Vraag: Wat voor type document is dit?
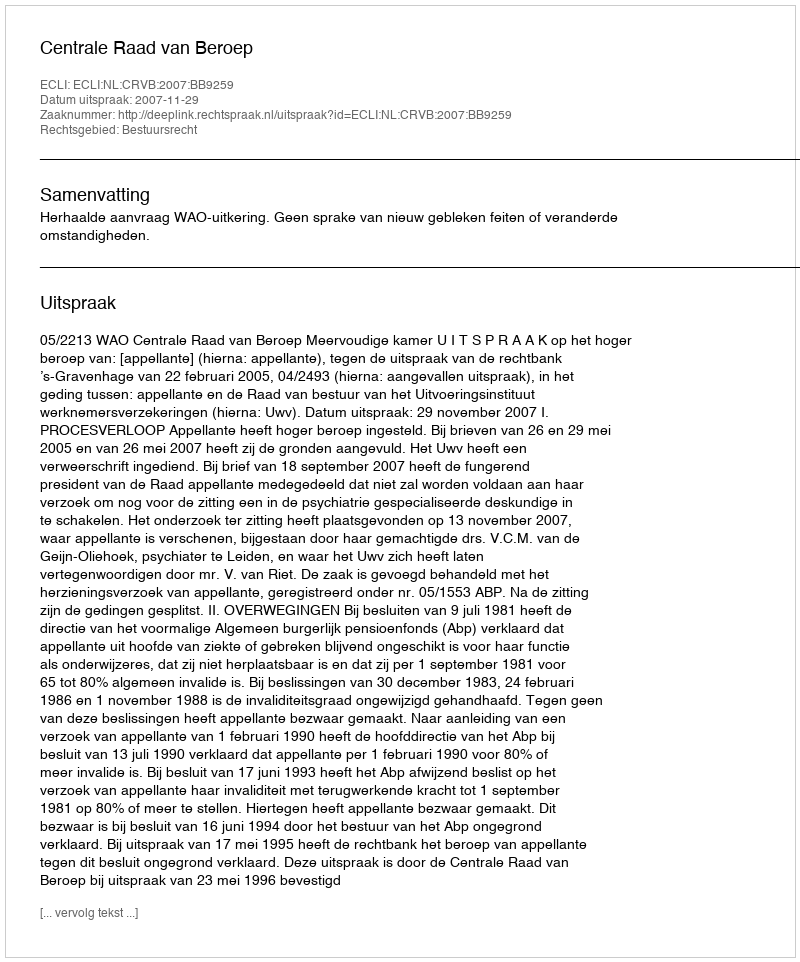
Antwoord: Uitspraak